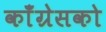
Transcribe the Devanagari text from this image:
काँग्रेसको